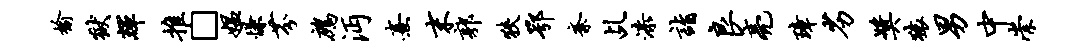
榆狱辉推□媪慊芬鹧沔熹末郭狭鄂紊乩漆诣良亮璋劣奖猿男中崇